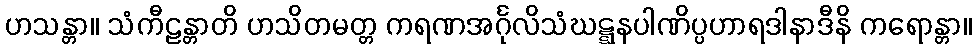
ဟသန္တာ။ သံကီဠန္တာတိ ဟသိတမတ္တ ကရဏအင်္ဂုလိသံဃဋ္ဋနပါဏိပ္ပဟာရဒါနာဒီနိ ကရောန္တာ။